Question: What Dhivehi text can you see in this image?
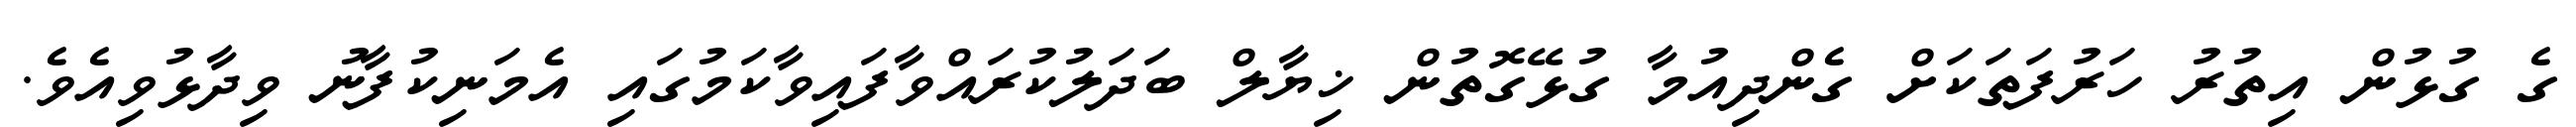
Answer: ގެ ގުޅުން އިތުރު ހަރުފަތަކަށް ގެންދިއުމާ ގުޅޭގޮތުން ޚިޔާލް ބަދަލުކުރައްވާފައިވާކަމުގައި އެމަނިކުފާނު ވިދާޅުވިއެވެ.